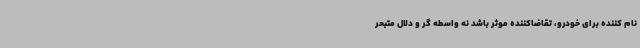
نام کننده برای خودرو، تقاضاکننده موثر باشد نه واسطه گر و دلال متبحر